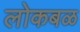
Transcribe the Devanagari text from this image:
लोकबळ